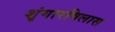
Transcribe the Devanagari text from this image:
शृंगारविलास